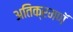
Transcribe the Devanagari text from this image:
अतिक्रमणॅ